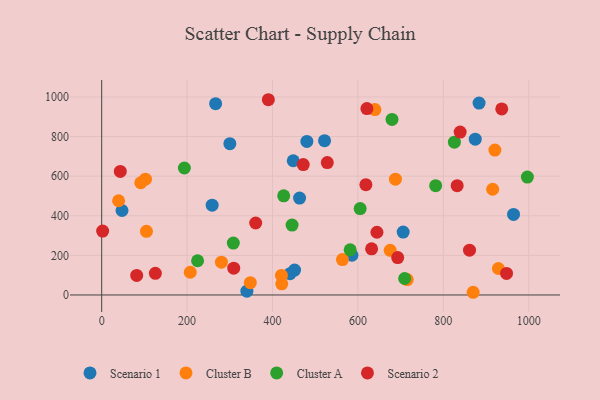
{"axis": {"x": "Experience", "y": "Salary"}, "legend": ["Cluster A", "Cluster B", "Scenario 1", "Scenario 2"], "data": [{"x": "964.5", "y": 406.8, "type": "Scenario 1"}, {"x": "47.6", "y": 426.5, "type": "Scenario 1"}, {"x": "300.2", "y": 763.9, "type": "Scenario 1"}, {"x": "883.8", "y": 969.3, "type": "Scenario 1"}, {"x": "874.8", "y": 786.7, "type": "Scenario 1"}, {"x": "463.4", "y": 489.4, "type": "Scenario 1"}, {"x": "586.0", "y": 200.7, "type": "Scenario 1"}, {"x": "266.8", "y": 966.0, "type": "Scenario 1"}, {"x": "480.5", "y": 775.5, "type": "Scenario 1"}, {"x": "451.7", "y": 125.9, "type": "Scenario 1"}, {"x": "441.1", "y": 107.3, "type": "Scenario 1"}, {"x": "706.0", "y": 317.6, "type": "Scenario 1"}, {"x": "448.6", "y": 678.0, "type": "Scenario 1"}, {"x": "521.9", "y": 779.2, "type": "Scenario 1"}, {"x": "340.0", "y": 19.0, "type": "Scenario 1"}, {"x": "258.7", "y": 453.4, "type": "Scenario 1"}, {"x": "280.4", "y": 165.7, "type": "Cluster B"}, {"x": "102.5", "y": 585.0, "type": "Cluster B"}, {"x": "563.8", "y": 179.0, "type": "Cluster B"}, {"x": "91.5", "y": 566.7, "type": "Cluster B"}, {"x": "421.7", "y": 56.4, "type": "Cluster B"}, {"x": "920.8", "y": 731.8, "type": "Cluster B"}, {"x": "421.0", "y": 98.8, "type": "Cluster B"}, {"x": "687.9", "y": 584.7, "type": "Cluster B"}, {"x": "348.1", "y": 61.9, "type": "Cluster B"}, {"x": "39.6", "y": 475.9, "type": "Cluster B"}, {"x": "869.9", "y": 13.6, "type": "Cluster B"}, {"x": "207.4", "y": 114.8, "type": "Cluster B"}, {"x": "715.5", "y": 77.6, "type": "Cluster B"}, {"x": "675.6", "y": 225.5, "type": "Cluster B"}, {"x": "929.0", "y": 133.8, "type": "Cluster B"}, {"x": "915.6", "y": 534.0, "type": "Cluster B"}, {"x": "104.8", "y": 321.4, "type": "Cluster B"}, {"x": "639.8", "y": 936.3, "type": "Cluster B"}, {"x": "826.0", "y": 771.7, "type": "Cluster A"}, {"x": "224.6", "y": 172.8, "type": "Cluster A"}, {"x": "193.6", "y": 641.3, "type": "Cluster A"}, {"x": "445.9", "y": 353.1, "type": "Cluster A"}, {"x": "581.9", "y": 227.9, "type": "Cluster A"}, {"x": "605.3", "y": 436.5, "type": "Cluster A"}, {"x": "679.9", "y": 886.6, "type": "Cluster A"}, {"x": "308.3", "y": 262.0, "type": "Cluster A"}, {"x": "782.1", "y": 552.0, "type": "Cluster A"}, {"x": "996.9", "y": 595.6, "type": "Cluster A"}, {"x": "426.2", "y": 500.5, "type": "Cluster A"}, {"x": "709.5", "y": 83.1, "type": "Cluster A"}, {"x": "43.6", "y": 623.9, "type": "Scenario 2"}, {"x": "832.5", "y": 551.8, "type": "Scenario 2"}, {"x": "644.6", "y": 316.8, "type": "Scenario 2"}, {"x": "82.0", "y": 98.6, "type": "Scenario 2"}, {"x": "125.7", "y": 109.5, "type": "Scenario 2"}, {"x": "472.0", "y": 658.7, "type": "Scenario 2"}, {"x": "621.1", "y": 941.3, "type": "Scenario 2"}, {"x": "693.2", "y": 188.9, "type": "Scenario 2"}, {"x": "309.2", "y": 135.4, "type": "Scenario 2"}, {"x": "2.2", "y": 322.8, "type": "Scenario 2"}, {"x": "528.3", "y": 668.9, "type": "Scenario 2"}, {"x": "936.9", "y": 939.8, "type": "Scenario 2"}, {"x": "839.5", "y": 822.9, "type": "Scenario 2"}, {"x": "632.1", "y": 233.0, "type": "Scenario 2"}, {"x": "948.1", "y": 108.6, "type": "Scenario 2"}, {"x": "390.3", "y": 986.1, "type": "Scenario 2"}, {"x": "861.4", "y": 226.1, "type": "Scenario 2"}, {"x": "360.6", "y": 363.4, "type": "Scenario 2"}, {"x": "618.7", "y": 557.3, "type": "Scenario 2"}]}